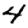
Digit: 4